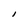
Character: I